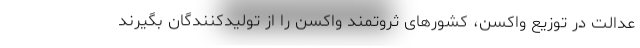
عدالت در توزیع واکسن، کشورهای ثروتمند واکسن را از تولیدکنندگان بگیرند